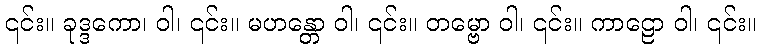
၎င်း။ ခုဒ္ဒကော၊ ဝါ၊ ၎င်း။ မဟန္တော ဝါ၊ ၎င်း။ တမ္ဗော ဝါ၊ ၎င်း။ ကာဠော ဝါ၊ ၎င်း။